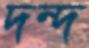
দন্দ